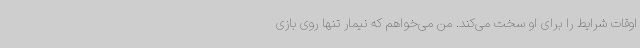
اوقات شرایط را برای او سخت می‌کند. من می‌خواهم که نیمار تنها روی بازی